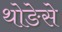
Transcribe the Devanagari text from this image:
थोङेसे